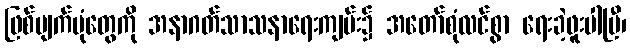
ဖြစ်ပျက်ပုံတွေကို အနာဂတ်သာသနာရေးကျမ်း၌ အတော်စုံလင်စွာ ရေးခဲ့ဖူးပါပြီ၊